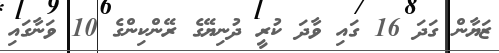
ޒަޔާން ގަދަ 16 ގައި ވާދަ ކުރީ ދުނިޔޭގެ ރޭންކިންގެ 10 ވަނާގައި